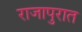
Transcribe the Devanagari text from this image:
राजापुरात